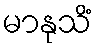
မာနုသိံ